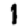
Digit: 1